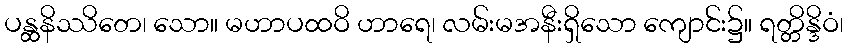
ပန္ထနိဿိတေ၊ သော။ မဟာပထဝိ ဟာရေ၊ လမ်းမအနီးရှိသော ကျောင်း၌။ ရတ္တိန္ဒိဝံ၊